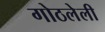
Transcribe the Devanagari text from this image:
गोठलेली